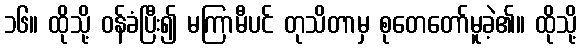
၁၆။ ထိုသို့ ဝန်ခံပြီး၍ မကြာမီပင် တုသိတာမှ စုတေတော်မူခဲ့၏။ ထိုသို့